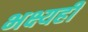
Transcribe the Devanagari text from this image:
भक्ष्यही